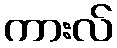
ကားလ်